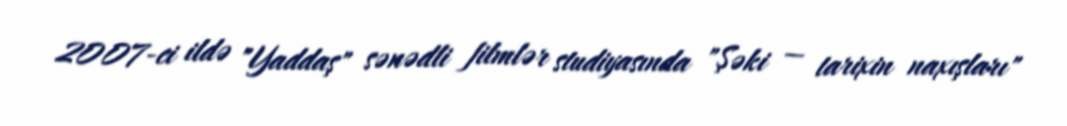
2007-ci ildə "Yaddaş" sənədli filmlər studiyasında "Şəki — tarixin naxışları"